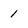
Character: 1